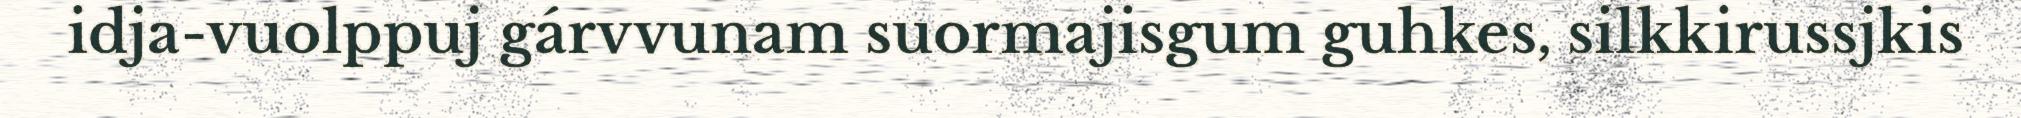
idja-vuolppuj gárvvunam suormajisgum guhkes, silkkirussjkis